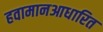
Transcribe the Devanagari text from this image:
हवामानआधारित